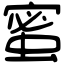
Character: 蜜